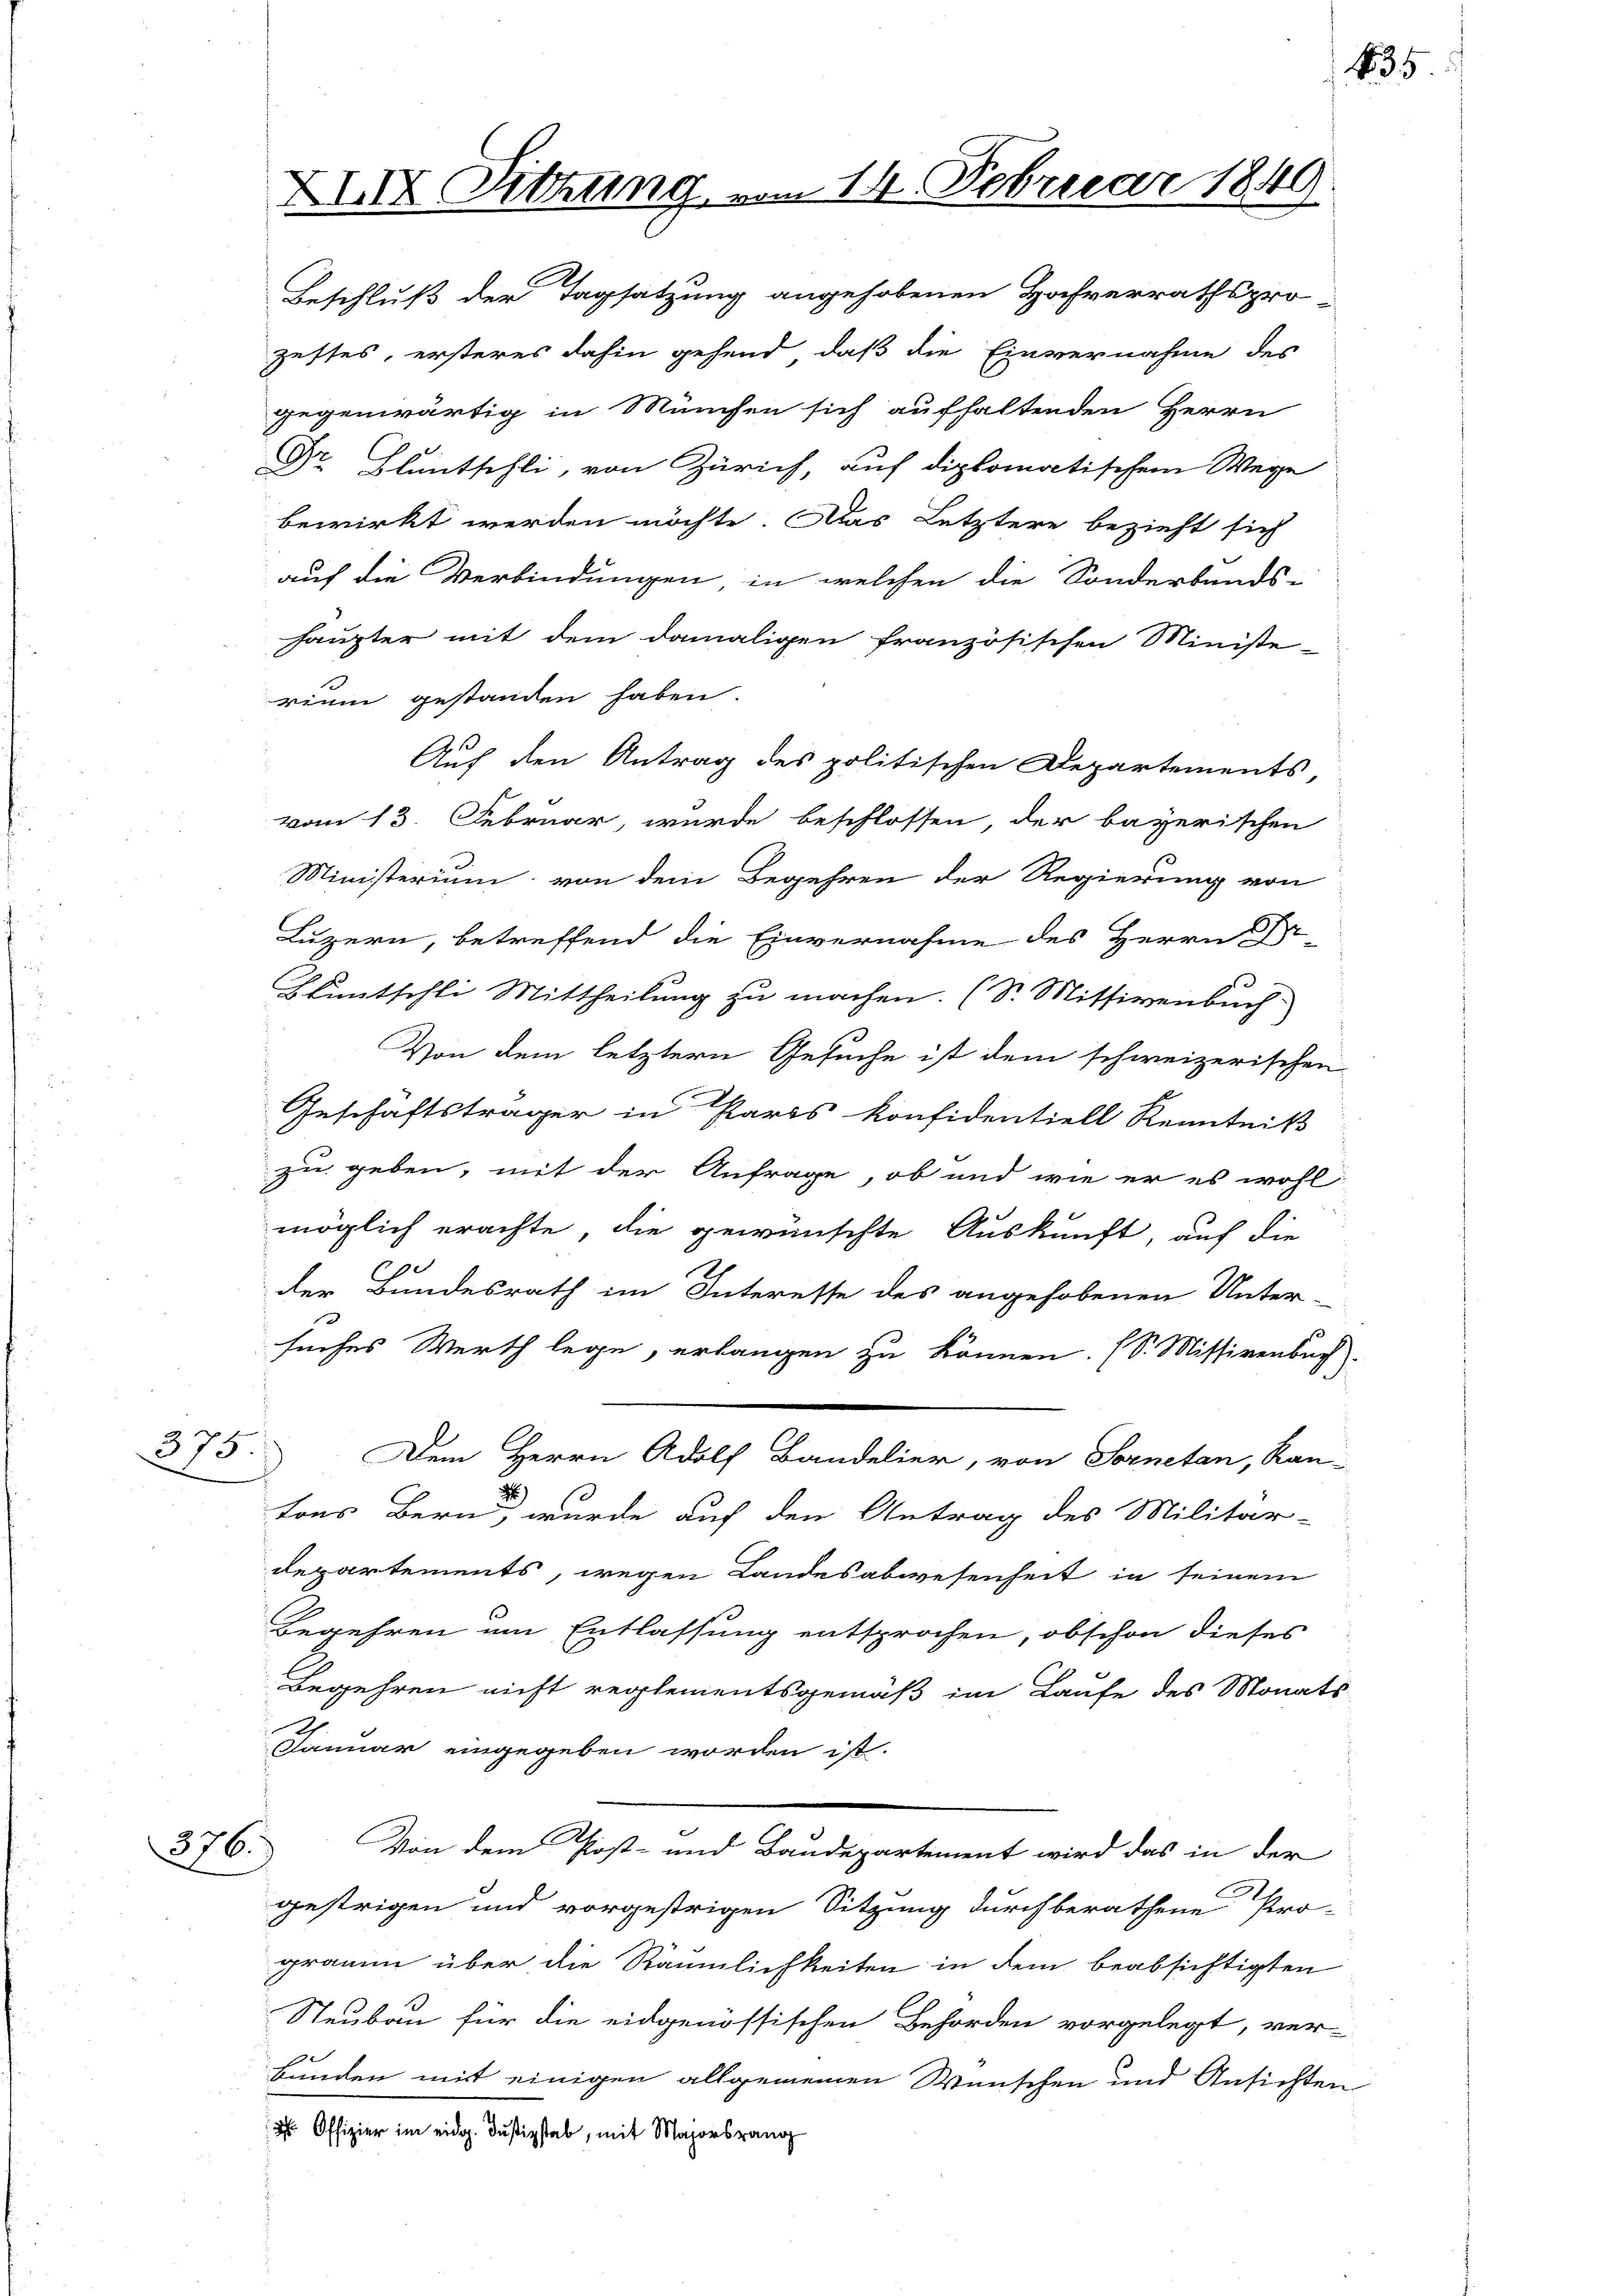
375.

276.

XXIX Sitzung u.

Beschluß der Tagsatzung angehobenen Jahrerrathspro-
zestes, ersteres dahin gehend, daß die Einvernahme des
gegenwärtig in München sich aufhaltenden Herrn
Dr. Fluntschli, von Zürich, auf diplomatischem Wege
bewirkt werden möchte. Das Letztere bezieht sich
auf die Verbindungen, in welchen die Sonderbands-
Haupter mit dem damaligen französischen Ministe-
rium gestanden haben.
1
Auf den Antrag des politischen Departements,
vom 13. Februar, wurde beschlossen, der bayerischen
Ministerium von dem Begehren der Regierung von
Luzern, betreffend die Einvernahme des Herrn Be-
Bluntschli Mittheilung zu machen. (S. Mitsivenbuch
Von dem letztern Gesuche ist dem schweizerischen
Geschäftsträger in Paris Konfidentiell Kenntniß
zu geben, mit der Anfrage, ob und wie er es wohl
möglich erachte, die gewünschte Auskunft, auf die
der Bundesrath im Interesse des angehobenen Unter-
suches Werth lege, erlangen zu können. (S. Missivenbuch
Dem Herrn Adolf Bandelier, von Sornetan, Kan-
d
tons Bern, wurde auf den Antrag des Militär-
departements, wegen Landesabwesenheit in seinem
Begehren um Entlassung entsprochen, obschon dieses
Begehren nicht reglementsgemäß im Laufe des Monats
.
Januar eingegeben worden ist.
Von dem Post- und Baudepartement wird das in der
gestrigen und vorgestrigen Sitzung durch berathene Pro-
gramm über die Räumlichkeiten in dem beabsichtigten
Neubau für die eidgenössischen Behörden vorgelegt, ver-
s
bunden mit einigen allgemeinen Wünschen und Ansichten
 Offizier im eidg. Justizstab, mit Majorsrang

14. Februar 1840
ch

.

635.